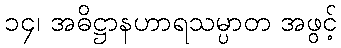
၁၄၊ အဓိဋ္ဌာနဟာရသမ္ပာတ အဖွင့်